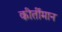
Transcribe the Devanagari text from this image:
कीर्तीमान